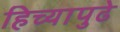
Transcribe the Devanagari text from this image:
हिच्यापुढे